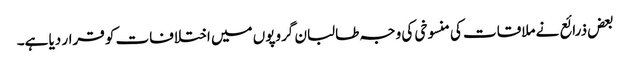
بعض ذرائع نے ملاقات کی منسوخی کی وجہ طالبان گروپوں میں اختلافات کو قرار دیا ہے۔